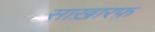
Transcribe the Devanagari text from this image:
साख़ारफ़